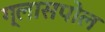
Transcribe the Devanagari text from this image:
ग्लासपोल